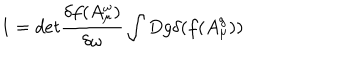
1 = d e t \frac { \delta f ( A _ { \mu } ^ { \omega } ) } { \delta \omega } \int D g \delta ( f ( A _ { \mu } ^ { g } ) )